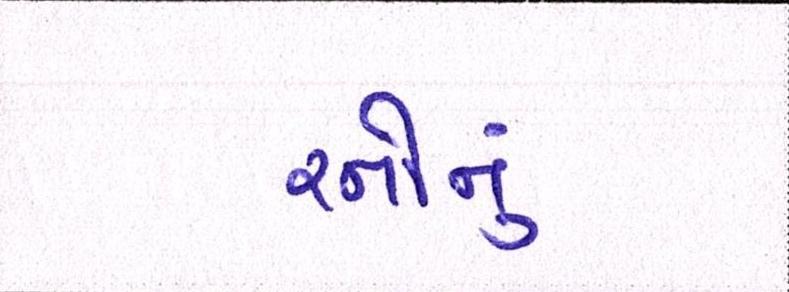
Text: રનોનું